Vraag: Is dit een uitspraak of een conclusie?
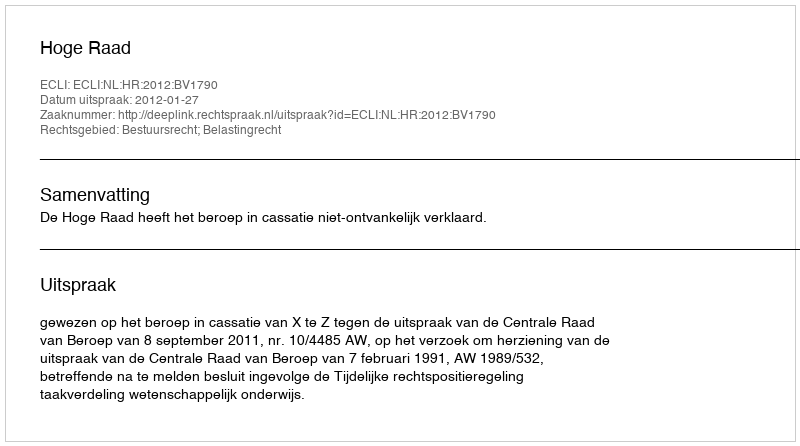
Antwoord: Uitspraak